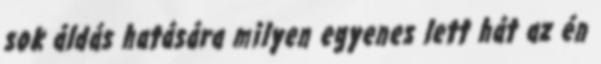
sok áldás hatására milyen egyenes lett hát az én